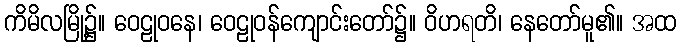
ကိမိလမြို့၌။ ဝေဠုဝနေ၊ ဝေဠုဝန်ကျောင်းတော်၌။ ဝိဟရတိ၊ နေတော်မူ၏။ အထ